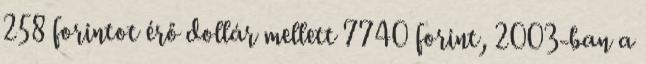
258 forintot érő dollár mellett 7740 forint, 2003-ban a